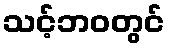
သင့်ဘဝတွင်